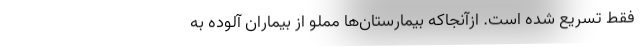
فقط تسریع شده است. ازآنجاکه بیمارستان‌ها مملو از بیماران آلوده به